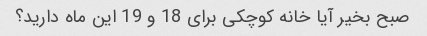
صبح بخیر آیا خانه کوچکی برای 18 و 19 این ماه دارید؟